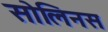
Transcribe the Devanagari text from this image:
सोलिनस